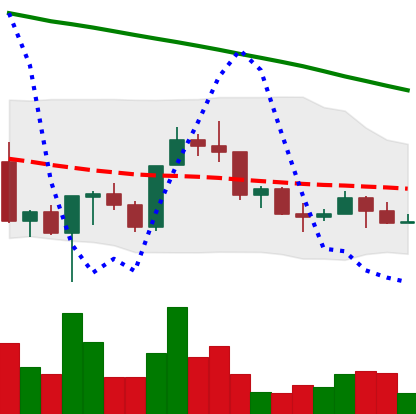
Ticker: NEO-USD
Chart end date: 2022-03-12
Forward return: 3.044%
Label: up_3_5